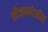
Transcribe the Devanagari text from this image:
सौजन्यदेखील